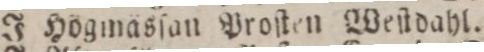
J Högmäsſan Proſten Weſtdahl.